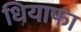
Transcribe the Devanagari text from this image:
धियाफा